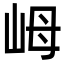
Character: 㟂